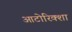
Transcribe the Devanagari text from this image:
आटोरिक्शा